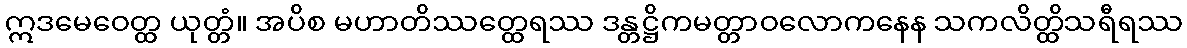
ဣဒမေဝေတ္ထ ယုတ္တံ။ အပိစ မဟာတိဿတ္ထေရဿ ဒန္တဋ္ဌိကမတ္တာဝလောကနေန သကလိတ္ထိသရီရဿ